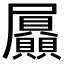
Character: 屭